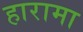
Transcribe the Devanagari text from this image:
हारामा